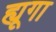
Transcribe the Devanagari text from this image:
ह्यूगा